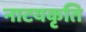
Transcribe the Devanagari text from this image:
नाटयकृति